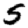
Digit: 5